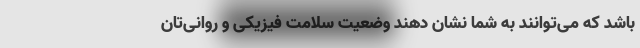
باشد که می‌توانند به شما نشان دهند وضعیت سلامت فیزیکی و روانی‌تان